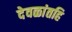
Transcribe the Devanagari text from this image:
देवळांतहि